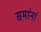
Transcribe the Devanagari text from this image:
समांनां